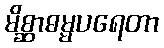
မိစ္ဆာဓမ္မပရေတာ